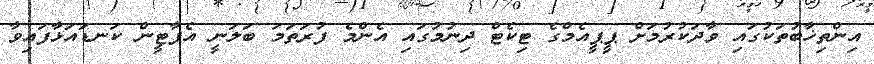
އިންތިޚާބުތަކުގައި ވާދަކުރުމަށް ޕީޕީއެމްގެ ޓިކެޓް ދިނުމުގައި އެންމެ ފުރަތަމަ ބަލަނީ އެޕާޓީން ކަނޑައަޅާފައިވާ